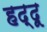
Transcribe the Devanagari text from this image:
हद्दू